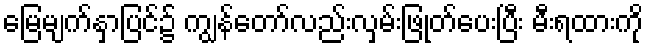
မြေမျက်နှာပြင်၌ ကျွန်တော်လည်းလှမ်းဖြုတ်ပေးပြီး မီးရထားကို